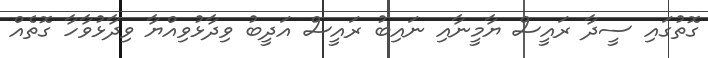
ގޮތުގައި ސީދާ ރައީސް ޔާމީނާއި ނައިބު ރައީސް އަދީބު ވިދާޅުވިއްޔާ ވިދާޅުވާހާ ގޮތެއް